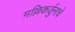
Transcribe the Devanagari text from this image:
मल्लिकर्जुनाचे